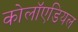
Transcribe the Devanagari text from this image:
कोलॉएडियल